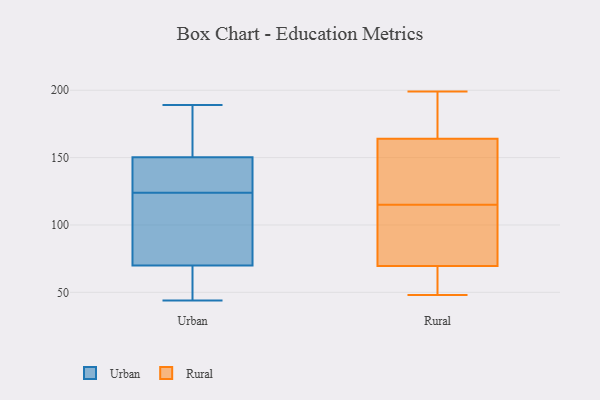
{"axis": {"x": "Gross Profit (USD K)", "y": "Value"}, "legend": ["Rural", "Urban"], "data": [{"x": "", "y": 139, "type": "Urban"}, {"x": "", "y": 70, "type": "Urban"}, {"x": "", "y": 135, "type": "Urban"}, {"x": "", "y": 124, "type": "Urban"}, {"x": "", "y": 44, "type": "Urban"}, {"x": "", "y": 70, "type": "Urban"}, {"x": "", "y": 55, "type": "Urban"}, {"x": "", "y": 161, "type": "Urban"}, {"x": "", "y": 73, "type": "Urban"}, {"x": "", "y": 189, "type": "Urban"}, {"x": "", "y": 154, "type": "Urban"}, {"x": "", "y": 58, "type": "Rural"}, {"x": "", "y": 154, "type": "Rural"}, {"x": "", "y": 48, "type": "Rural"}, {"x": "", "y": 84, "type": "Rural"}, {"x": "", "y": 199, "type": "Rural"}, {"x": "", "y": 92, "type": "Rural"}, {"x": "", "y": 173, "type": "Rural"}, {"x": "", "y": 118, "type": "Rural"}, {"x": "", "y": 155, "type": "Rural"}, {"x": "", "y": 155, "type": "Rural"}, {"x": "", "y": 56, "type": "Rural"}, {"x": "", "y": 112, "type": "Rural"}, {"x": "", "y": 193, "type": "Rural"}, {"x": "", "y": 66, "type": "Rural"}, {"x": "", "y": 73, "type": "Rural"}, {"x": "", "y": 178, "type": "Rural"}]}